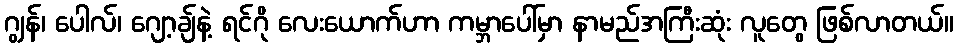
ဂျွန်၊ ပေါလ်၊ ဂျော့ချ်နဲ့ ရင်ဂို လေးယောက်ဟာ ကမ္ဘာပေါ်မှာ နာမည်အကြီးဆုံး လူတွေ ဖြစ်လာတယ်။